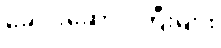
ခေါင်းဆောင်ကြီးများ